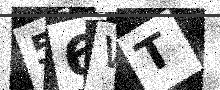
Text: 56WT